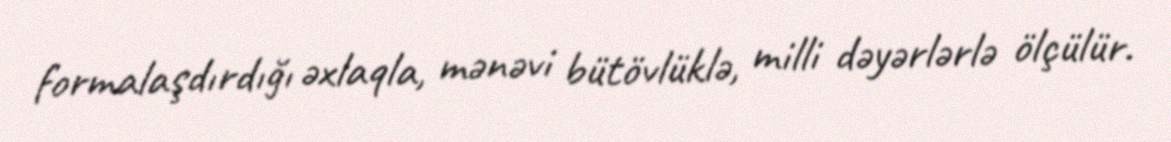
formalaşdırdığı əxlaqla, mənəvi bütövlüklə, milli dəyərlərlə ölçülür.